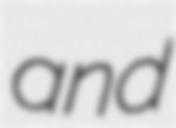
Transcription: and